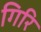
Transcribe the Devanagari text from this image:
गिरि